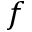
f